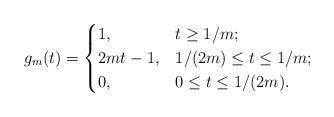
LaTeX: \begin{align*}g_m(t)=\begin{cases}1,&t\geq 1/m;\\2mt-1,&1/(2m)\leq t\leq 1/m;\\0,&0\leq t\leq 1/(2m).\end{cases}\end{align*}